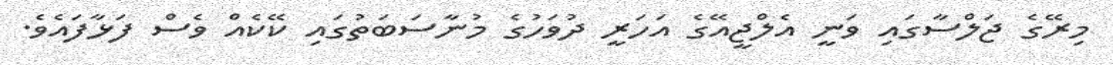
މިރޭގެ ޖަލްސާގައި ވަނީ އެލްޖީއޭގެ އަހަރީ ދުވަހުގެ މުނާސަބަތުގައި ކޭކެއް ވެސް ފަޅާފައެވެ.